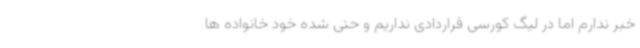
خبر ندارم اما در لیگ کورسی قراردادی نداریم و حتی شده خود خانواده ها